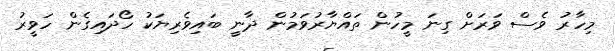
މިހާރު ވެސް ވަރަށް ގިނަ މީހުން ތައްޔާރުވަމުން ދާނީ ބައިވެރިޔަކު ހޯދައިގެން ހަވީރު